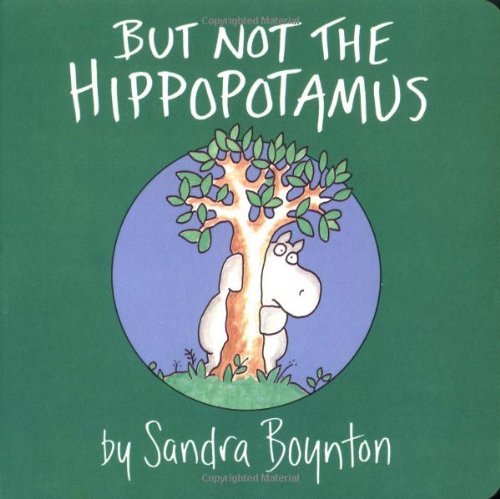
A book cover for But Not the Hippopotamus (Boynton on Board); Sandra Boynton; Children's Books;